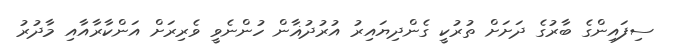
ސިފައިންގެ ބާރުގެ ދަށަށް ތުރުކީ ގެންދިޔައިރު އުރުދުޣާން ހުންނެވީ ވެރިރަށް އަންކާރާއާއި މާދުރު